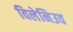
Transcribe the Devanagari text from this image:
विलेनिउव